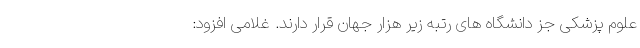
علوم پزشکی جز دانشگاه های رتبه زیر هزار جهان قرار دارند. غلامی افزود: